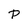
Character: P